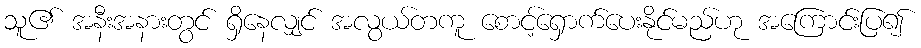
သူ၏ အနီးအနားတွင် ရှိနေလျှင် အလွယ်တကူ စောင့်ရှောက်ပေးနိုင်မည်ဟု အကြောင်းပြ၍